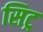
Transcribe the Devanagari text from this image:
सिट्र